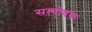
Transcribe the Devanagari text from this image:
सम्पोषक